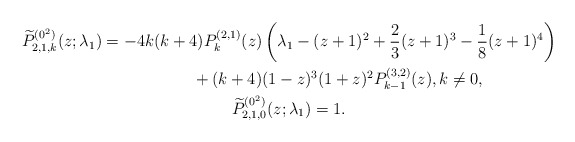
\begin{gather*} \widetilde{P}_{2,1,k}^{(0^{2})}(z; \lambda_1) = -4k ( k+4 ) P_{k}^{( 2,1) }(z) \left( \lambda _{1}-(z+1) ^{2}+\frac{2}{3}(z+1) ^{3}-\frac{1}{8} (z+1) ^{4}\right) \\\hphantom{\widetilde{P}_{2,1,k}^{(0^{2})}(z; \lambda_1) =} {}+( k+4) (1-z) ^{3}(1+z) ^{2}P_{k-1}^{( 3,2) }(z), k\ne 0,\\ \widetilde{P}_{2,1,0}^{(0^{2})}(z; \lambda_1) = 1.\end{gather*}